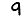
Digit: 9